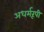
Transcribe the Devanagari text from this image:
अधर्मरूपी